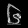
Digit: ၆